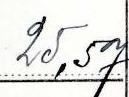
25,57